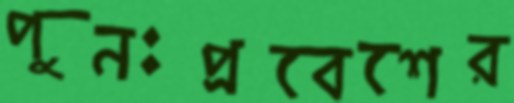
পুনঃপ্রবেশের